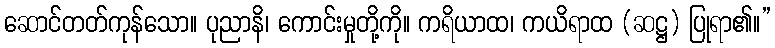
ဆောင်တတ်ကုန်သော။ ပုညာနိ၊ ကောင်းမှုတို့ကို။ ကရိယာထ၊ ကယိရာထ (ဆဋ္ဌ) ပြုရာ၏။”